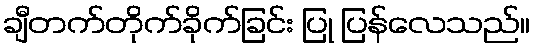
ချီတက်တိုက်ခိုက်ခြင်း ပြု ပြန်လေသည်။